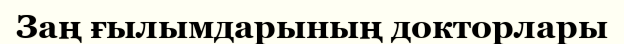
Заң ғылымдарының докторлары